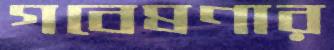
গবেষণার